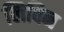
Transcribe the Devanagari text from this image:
लिविन